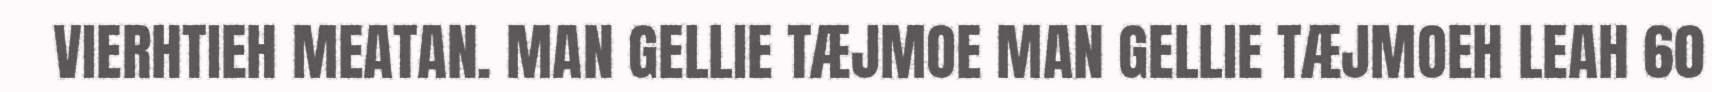
VIERHTIEH MEATAN. MAN GELLIE TÆJMOE MAN GELLIE TÆJMOEH LEAH 60